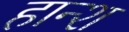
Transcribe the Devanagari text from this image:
हान्श